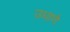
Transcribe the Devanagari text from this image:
उधाणे